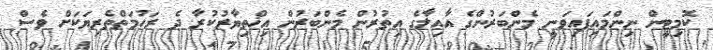
ކޮމިޓީން ނިންމައިފައިވަނީ މެންބަރުންގެ އާއިލާގެ އިތުރުން މެންބަރުން އިޚްތިޔާރުކުރާ ދެ ރަހުމަތްތެރިޔަކަށް ވެސް